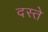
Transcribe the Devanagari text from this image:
दस्‍ते